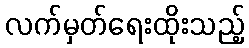
လက်မှတ်ရေးထိုးသည့်